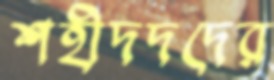
শহীদদদের